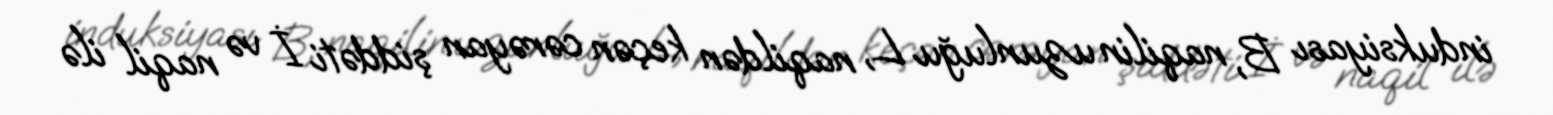
induksiyası B, naqilin uzunluğu L, naqildən keçən cərəyan şiddəti İ və naqil ilə